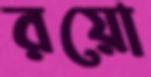
রয়ো